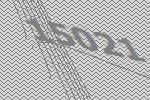
15021